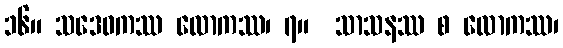
၁၆။ သဒေဝကဿ လောကဿ၊ ၇။  သာသနဿ စ လောကဿ၊